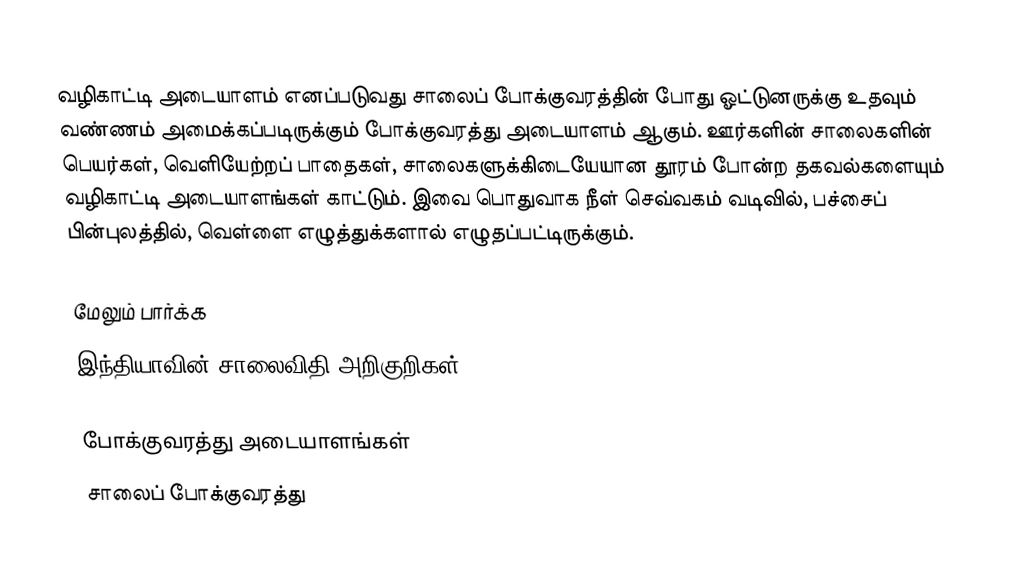
வழிகாட்டி அடையாளம் எனப்படுவது சாலைப் போக்குவரத்தின் போது ஓட்டுனருக்கு உதவும் வண்ணம் அமைக்கப்படிருக்கும் போக்குவரத்து அடையாளம் ஆகும். ஊர்களின் சாலைகளின் பெயர்கள், வெளியேற்றப் பாதைகள், சாலைகளுக்கிடையேயான தூரம் போன்ற தகவல்களையும் வழிகாட்டி அடையாளங்கள் காட்டும். இவை பொதுவாக நீள் செவ்வகம் வடிவில், பச்சைப் பின்புலத்தில், வெள்ளை எழுத்துக்களால் எழுதப்பட்டிருக்கும்.

மேலும் பார்க்க
 இந்தியாவின் சாலைவிதி அறிகுறிகள்

போக்குவரத்து அடையாளங்கள்
சாலைப் போக்குவரத்து